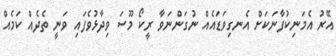
އޭރު އެމަނިކުފާނަކަށް އެނގިވަޑައެއް ނުގަންނަވާ ރީކޯ މޫސަ ވިދާޅުވެފައި ވަނީ ތެދެއް ކަމެއް